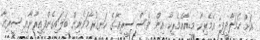
އަށް ހަމަލާދީފި: އެމެރިކާ މީޑިއާއެމެރިކާ އިން ވެސް ސީރިއާގެ ހަނގުރާމަވެރިން ބަލައިގެންފިއީރާނާއި ސީރިއާ